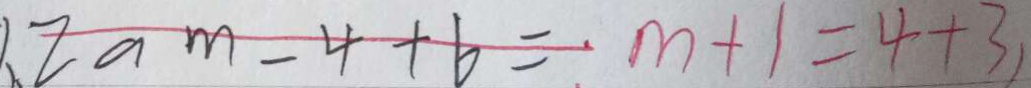
1 . 2 a m - 4 + 6 = m + 1 = 4 + 3